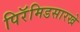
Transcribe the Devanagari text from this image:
पिरॅमिडसारखे